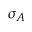
\sigma _ { A }